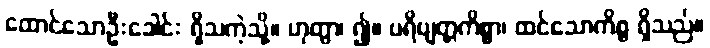
ထောင်သောဦးခေါင်း ရှိသကဲ့သို့။ ဟုတွာ၊ ၍။ ပရိဗျတ္တကိစ္စာ၊ ထင်သောကိစ္စ ရှိသည်။